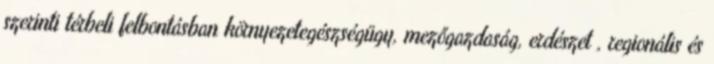
szerinti térbeli felbontásban környezetegészségügy, mezőgazdaság, erdészet , regionális és